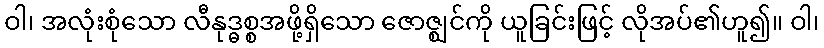
ဝါ၊ အလုံးစုံသော လီနုဒ္ဓစ္စအဖို့ရှိသော ဇောဇ္ဈင်ကို ယူခြင်းဖြင့် လိုအပ်၏ဟူ၍။ ဝါ၊